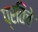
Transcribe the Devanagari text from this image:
प्रतिचे